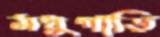
মধুগাড়ি